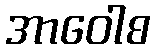
အာဝေါစ